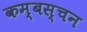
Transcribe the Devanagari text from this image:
कम्बस्चन